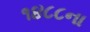
૧૪૮૮ના